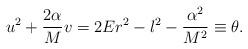
LaTeX: \begin{align*}u^2+\frac{2\alpha}{M}v=2Er^2-l^2-\frac{\alpha^2}{M^2}\equiv \theta. \end{align*}